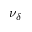
\nu _ { \delta }